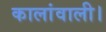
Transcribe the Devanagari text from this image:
कालांवाली।